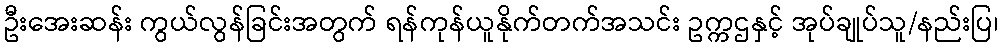
ဦးအေးဆန်း ကွယ်လွန်ခြင်းအတွက် ရန်ကုန်ယူနိုက်တက်အသင်း ဥက္ကဌနှင့် အုပ်ချုပ်သူ/နည်းပြ၊